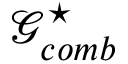
\mathcal { G } _ { c o m b } ^ { \star }